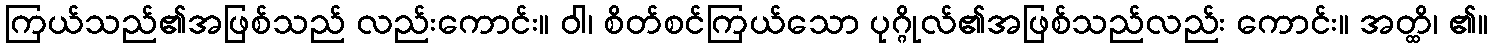
ကြယ်သည်၏အဖြစ်သည် လည်းကောင်း။ ဝါ၊ စိတ်စင်ကြယ်သော ပုဂ္ဂိုလ်၏အဖြစ်သည်လည်း ကောင်း။ အတ္ထိ၊ ၏။